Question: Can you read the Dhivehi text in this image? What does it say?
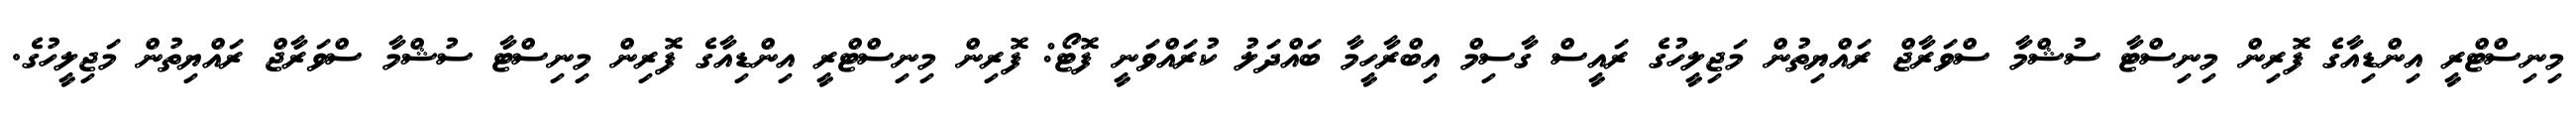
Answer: މިނިސްޓްރީ އިންޑިއާގެ ފޮރިން މިނިސްޓާ ސުޝްމާ ސްވަރާޖް ރައްޔިތުން މަޖިލީހުގެ ރައީސް ގާސިމް އިބްރާހީމާ ބައްދަލު ކުރައްވަނީ ފޮޓޯ: ފޮރިން މިނިސްޓްރީ އިންޑިއާގެ ފޮރިން މިނިސްޓާ ސުޝްމާ ސްވަރާޖް ރައްޔިތުން މަޖިލީހުގެ.